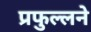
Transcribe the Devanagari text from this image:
प्रफुल्लने